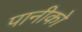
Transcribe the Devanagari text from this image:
पानीको